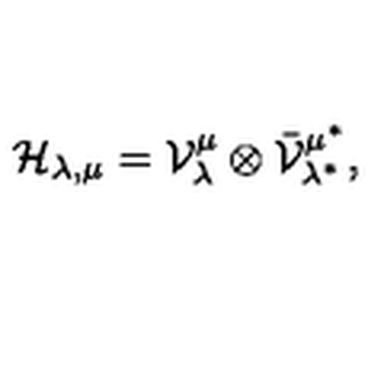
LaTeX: \mathcal { H } _ { \lambda , \mu } = \mathcal { V } _ { \lambda } ^ { \mu } \otimes \bar { \mathcal { V } } _ { \lambda ^ { * } } ^ { \mu ^ { * } } ,